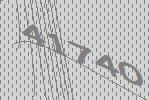
41740